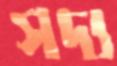
সদ্য